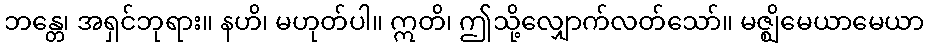
ဘန္တေ၊ အရှင်ဘုရား။ နဟိ၊ မဟုတ်ပါ။ ဣတိ၊ ဤသို့လျှောက်လတ်သော်။ မဇ္ဈိမေယာမေယာ